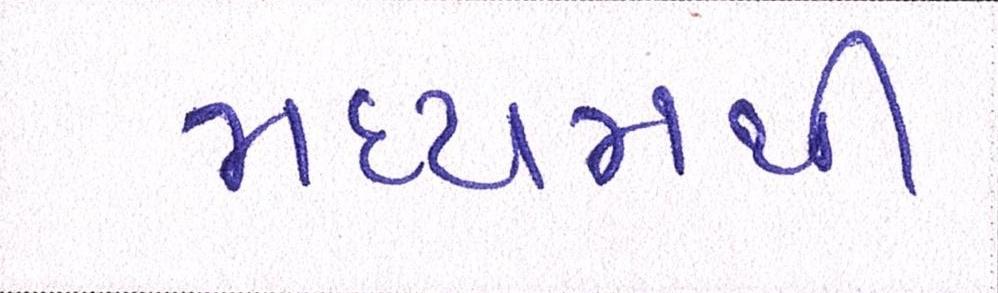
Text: મધ્યમથી